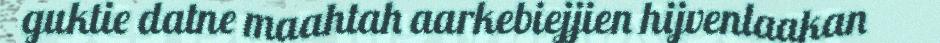
guktie datne maahtah aarkebiejjien hijvenlaakan